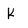
Character: K